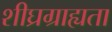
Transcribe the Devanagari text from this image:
शीघ्रग्राह्यता